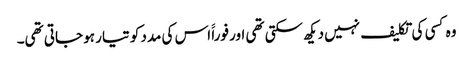
وہ کسی کی تکلیف نہیں دیکھ سکتی تھی اور فوراََ اس کی مدد کو تیار ہو جاتی تھی۔